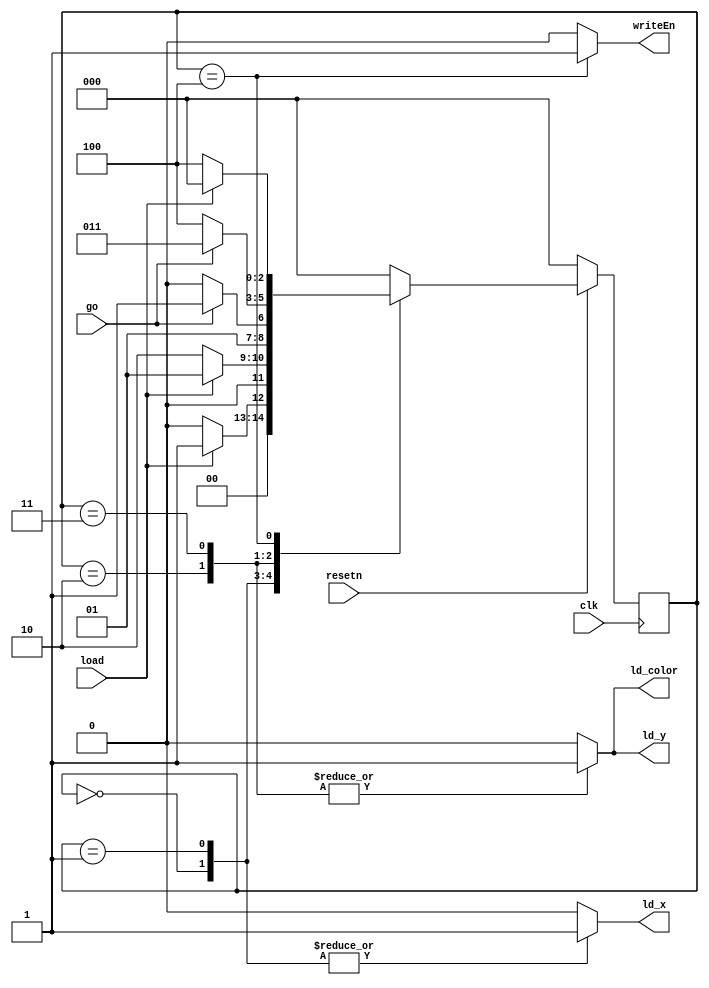
module control(
	input clk, resetn, load, go,
	output reg ld_x, ld_y, ld_color, writeEn);

	reg [2:0] current_state, next_state;

	localparam  LOAD_X = 3'b000,
				LOAD_X_WAIT = 3'b001,
				LOAD_Y = 3'b010,
				LOAD_Y_WAIT = 3'b011,
				PLOT = 3'b100;
	
	always @(*) 
	begin: state_table
		case (current_state)
			LOAD_X: next_state = load ? LOAD_X_WAIT : LOAD_X;
			LOAD_X_WAIT: next_state = load ? LOAD_X_WAIT : LOAD_Y;
			LOAD_Y: next_state = go ? LOAD_Y_WAIT : LOAD_Y;
			LOAD_Y_WAIT: next_state = go ? LOAD_Y_WAIT : PLOT;
			PLOT: next_state = load ? LOAD_X : PLOT;
			default: next_state = LOAD_X;
		endcase
	end

	always @(*)
	begin
		ld_x = 1'b0;
		ld_y = 1'b0;
		ld_color = 1'b0;
		writeEn = 0;
		case (current_state)
			LOAD_X: ld_x = 1;
			LOAD_X_WAIT: ld_x = 1;
			LOAD_Y: 
				begin
					ld_x = 0;
					ld_y = 1;
					ld_color = 1;
				end
			LOAD_Y_WAIT: 
				begin
					ld_x = 0;
					ld_y = 1;
					ld_color = 1;
				end
			PLOT: writeEn = 1;
		endcase
	end

	always @(posedge clk) begin
		if (!resetn)
			current_state <= LOAD_X;
		else
			current_state <= next_state;
	end 

endmodule

module datapath(
	input clk, resetn, ld_x, ld_y, ld_color,
	input [2:0] color_in,
	input [6:0] coordinate, 
	output [7:0] x_out, 
	output [6:0] y_out, 
	output [2:0] color_out
	);

	reg [7:0] x;
	reg [6:0] y;
	reg [2:0] color;
	reg [3:0] counter;

		always @(posedge clk) begin
		if (!resetn) begin
			x <= 8'b0;
			y <= 7'b0;
			color <= 3'b0;
		end
		else begin
			if (ld_x)
				x <= {1'b0, coordinate};
			if (ld_y)
				y <= coordinate;
			if (ld_color)
				color <= color_in;
		end
	end
	
	always @(posedge clk) begin
		if (!resetn)
			counter <= 4'b0000;
		else
			if (counter == 1111)
				counter <= 4'b0000;
			else
				counter <= counter + 1'b1;
	end

	assign x_out = x + counter[1:0];
	assign y_out = y + counter[3:2];
	assign color_out = color;
    
endmodule